Vabadussoja_Ajaloo_Komitee, lk 47
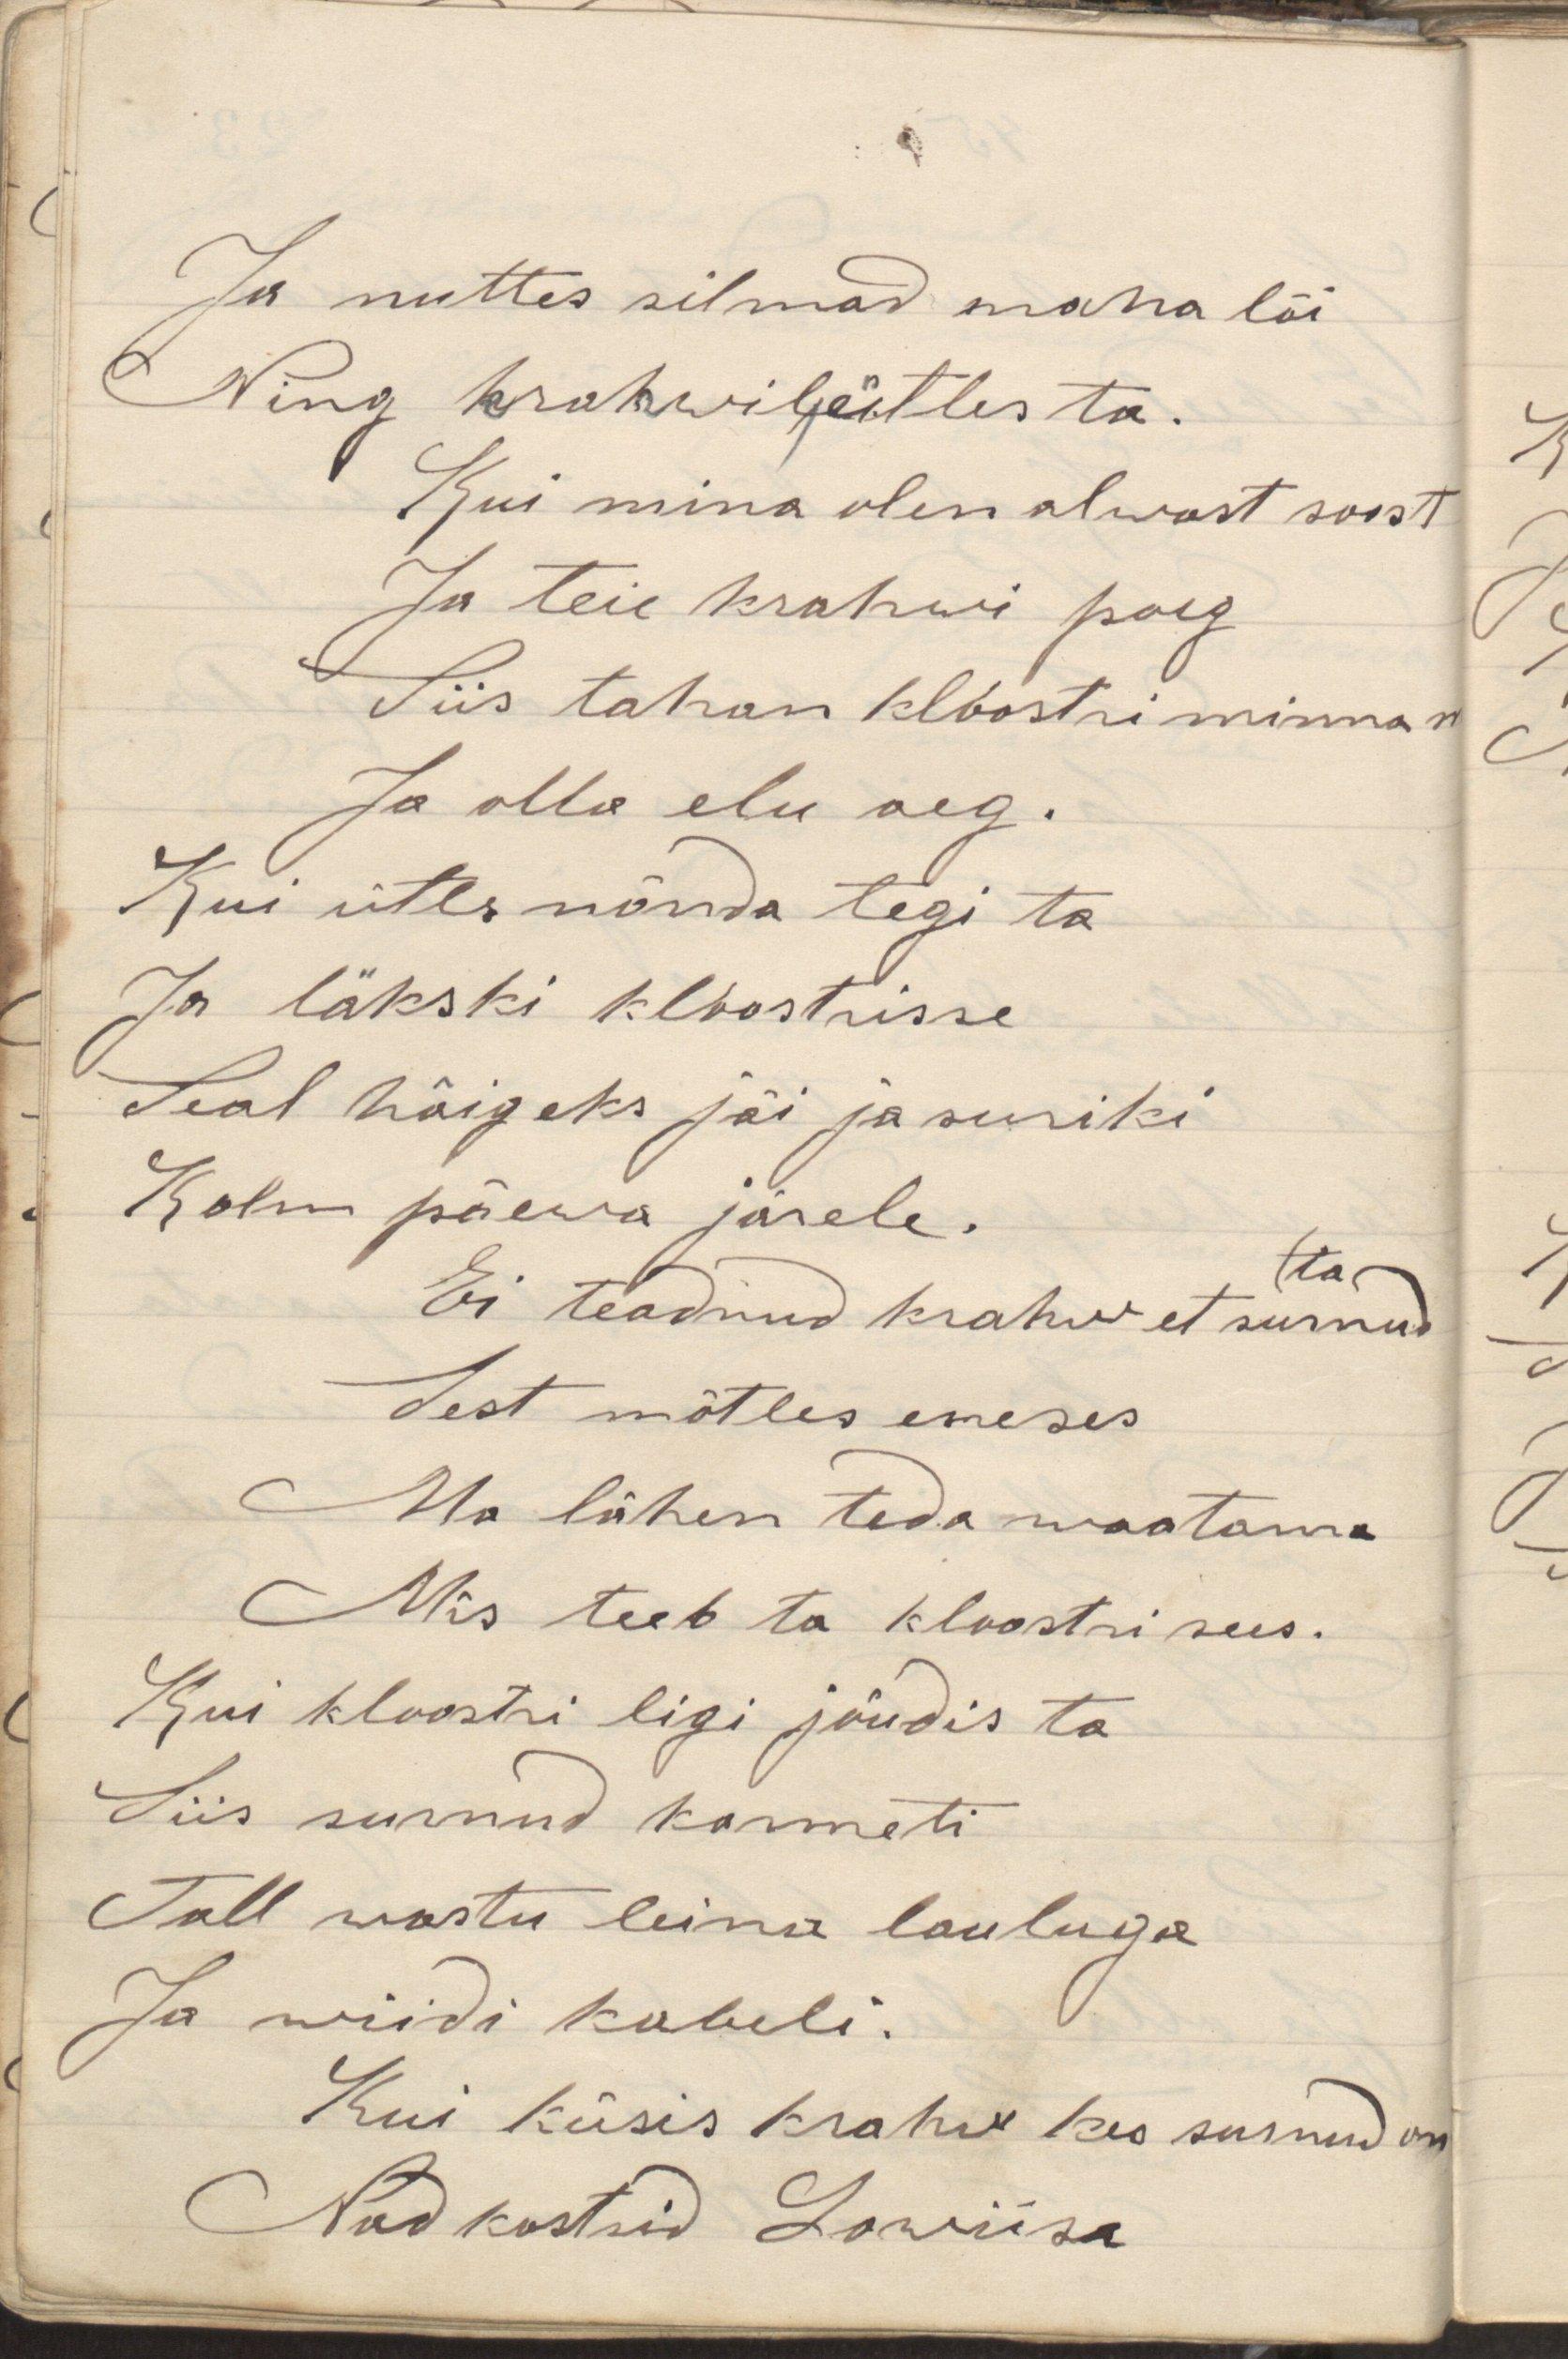
Ja nuttes silmad maha lõiNing krahwile ütles ta.Kui mina olen alwast soostJa teie krahwi poegSiis tahan kloostri minna maJa olla elu aeg. Kui ütles nõnda tegi taJa läkski kloostrisseSeal haigeks jäi ja surikiKolm päewa järele.Ei teadnud krahw et surnud taSest mõtles eneses Ma lähen teda waatamaMis teeb ta kloostri sees.Kui kloostri ligi jõudis taSiis surnud kannetiTall wastu leina laulugaJa wiidi kabeli.Kui küsis krahw kes surnud onNad kostsid Lowiisa